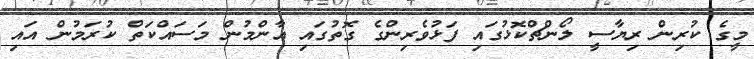
މީގެ ކުރިން ރިޔާސީ ލޯންޗްކޮޅުގައި ފަޅުވެރިންގެ ގޮތުގައި އާންމުން މަސައްކަތް ކުރަމުން އައި